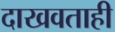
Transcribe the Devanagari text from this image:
दाखवताही